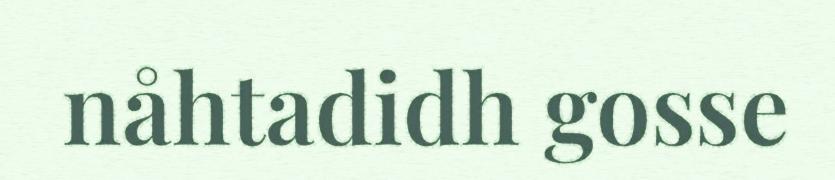
nåhtadidh gosse